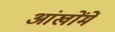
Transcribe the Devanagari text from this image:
आंखोंमें